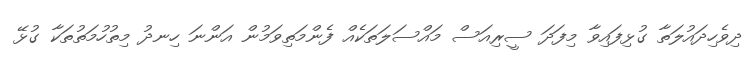
ދިވެހިދައުލަތާ ގުޅިފައިވާ މިފަދަ ސީރިއަސް މައްސަލަތަކެއް ފެންމަތިވަމުން އަންނަ ހިނދު މިތުހުމަތުތަކާ ގުޅޭ